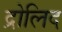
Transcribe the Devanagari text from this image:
द्रोलिद